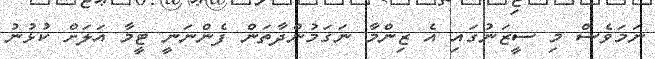
ނަމަވެސް މި ސީޒަނުގައި އެ ޒިންމާ ނަގަމުންދާތަން ފެންނަނީ ޓީމާ އަލަށް ކުޅުނު